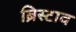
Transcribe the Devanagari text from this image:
ब्रिस्टाव